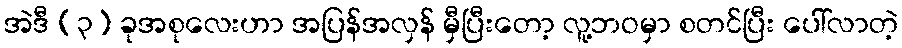
အဲဒီ (၃) ခုအစုလေးဟာ အပြန်အလှန် မှီပြီးတော့ လူ့ဘဝမှာ စတင်ပြီး ပေါ်လာတဲ့